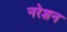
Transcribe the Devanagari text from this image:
नरेशन